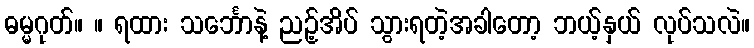
ဓမ္မဂုတ်။ ။ ရထား သင်္ဘောနဲ့ ညဉ့်အိပ် သွားရတဲ့အခါတော့ ဘယ့်နှယ် လုပ်သလဲ။